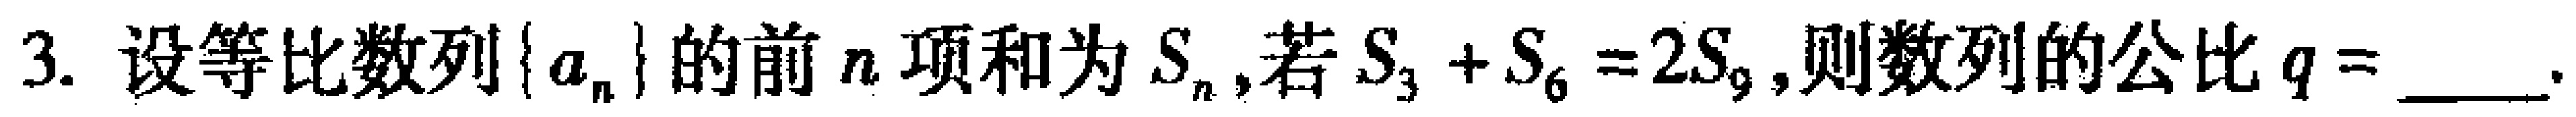
3. 设等比数列\(\{ a_{n}\}\)的前\(n\)项和为\(S_{n}\),若\(S_{3}+S_{6}=2S_{9}\),则数列的公比\(q = \)____.